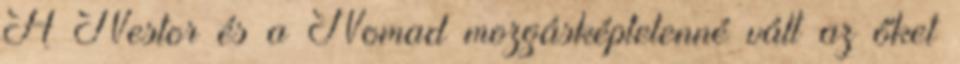
A Nestor és a Nomad mozgásképtelenné vált az őket